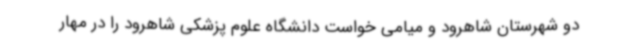
دو شهرستان شاهرود و میامی خواست دانشگاه علوم پزشکی شاهرود را در مهار